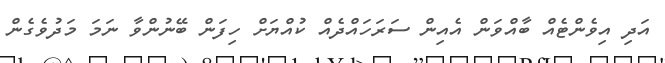
އަދި އިވެންޓެއް ބާއްވަން އެއިން ސަރަހައްދެއް ކުއްޔަށް ހިފަން ބޭނުންވާ ނަމަ މަދުވެގެން